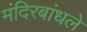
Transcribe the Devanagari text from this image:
मंदिरबांधले